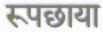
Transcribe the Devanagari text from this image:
रूपछाया